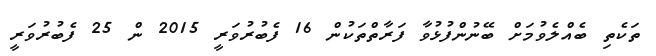
ތަކެތި ބެއްލެވުމަށް ބޭނުންފުޅުވާ ފަރާތްތަކުން 16 ފެބުރުވަރީ 2015 ން 25 ފެބުރުވަރީ